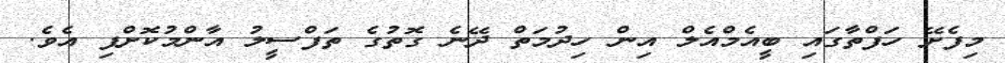
މިފެށޭ ހަފްތާގައި ބީއެމްއެލް އިން ހިިދުމަތް ދޭނެ ގޮތުގެ ތަފްސީލު އާންމުކޮށްފި އެވެ.